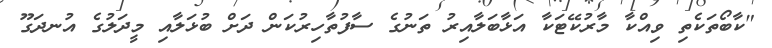
"ކާބޯތަކެތި ވިއްކާ މާރުކޭޓަކާ އަޅާބަލާއިރު ތަނުގެ ސާފުތާހިރުކަން ދަށް ބުޅަލާއި މީދަލުގެ އުނދަގޫ